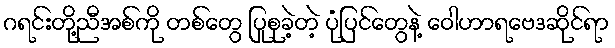
ဂရင်းတို့ညီအစ်ကို တစ်တွေ ပြုစုခဲ့တဲ့ ပုံပြင်တွေနဲ့ ဝေါဟာရဗေဒဆိုင်ရာ